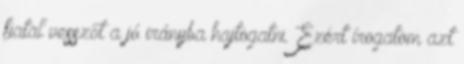
fiatal vesszőt a jó irányba hajtogatni. Ezért írogatom azt